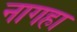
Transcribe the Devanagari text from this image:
नागहा